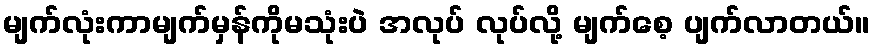
မျက်လုံးကာမျက်မှန်ကိုမသုံးပဲ အလုပ် လုပ်လို့ မျက်စေ့ ပျက်လာတယ်။